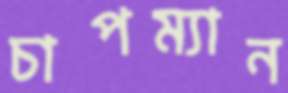
চাপম্যান